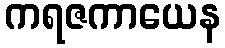
ကရဇကာယေန